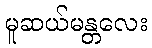
မူဆယ်မန္တလေး